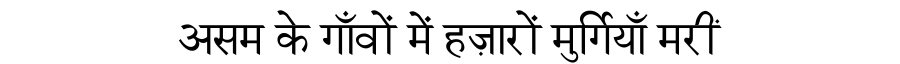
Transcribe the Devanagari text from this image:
असम के गाँवों में हज़ारों मुर्गियाँ मरीं